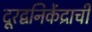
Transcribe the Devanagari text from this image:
दूरद्वनिकेंद्राची